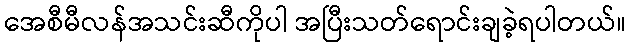
အေစီမီလန်အသင်းဆီကိုပါ အပြီးသတ်ရောင်းချခဲ့ရပါတယ်။